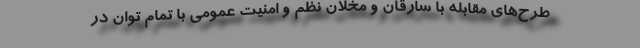
طرح‌های مقابله با سارقان و مخلان نظم و امنیت عمومی با تمام توان در